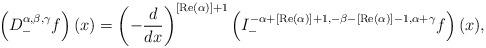
LaTeX: \begin{align*}\left(D_{-}^{\alpha,\beta,\gamma}f\right)(x)=\left(-\frac{d}{dx}\right)^{[\operatorname{Re}(\alpha)]+1}\left(I_{-}^{-\alpha+[\operatorname{Re}(\alpha)]+1,-\beta-[\operatorname{Re}(\alpha)]-1,\alpha+\gamma}f\right)(x),\end{align*}